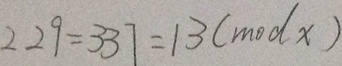
2 2 9 = 3 3 7 = 1 3 ( m o d x )